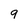
Character: 9